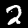
Label: 2